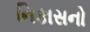
નિકાસનો